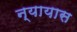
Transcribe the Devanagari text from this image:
न्यायास